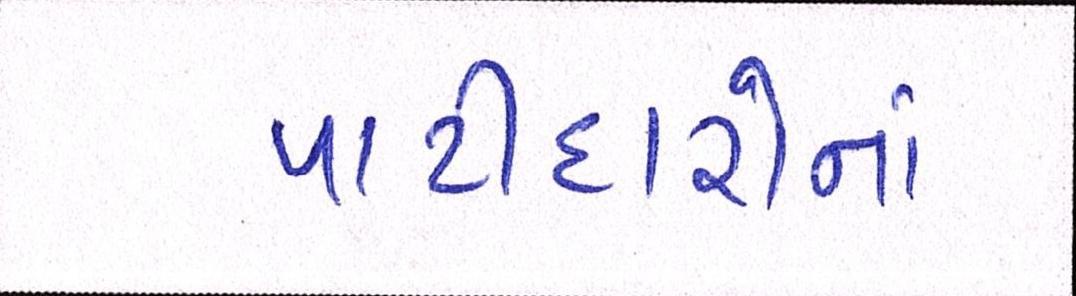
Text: પાટીદારોનાં